Lunatic asylums Madras 1877-1891 - 1877-1891
Year: 1877
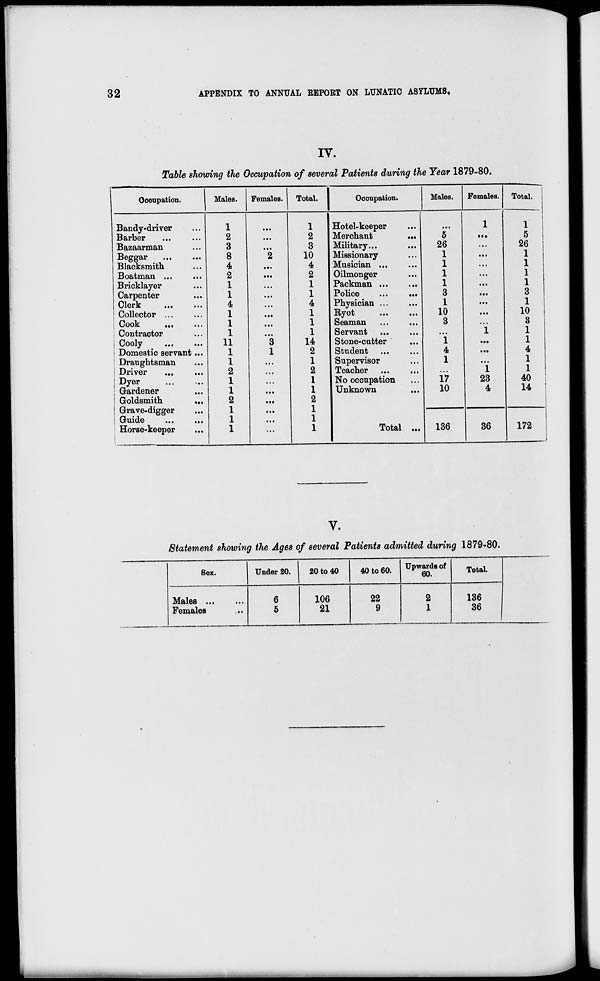
32
APPENDIX TO ANNUAL REPORT ON LUNATIC ASYLUMS.
IV.
Table showing the Occupation of several Patients during the Year 1879-80.
Occupation.
Bandy-driver ...
Barber ... ...
Bazaarman ...
Beggar ... ...
Blacksmith ...
Boatman ... ...
Bricklayer ...
Carpenter ...
Clerk ... ...
Collector ... ...
Cook
...
...
Contractor ...
Cooly
...
...
Domestic servant ...
Draughtsman ...
Driver ... ...
Dyer
...
...
Gardener ...
Goldsmith
...
Grave-digger ...
Guide
...
...
Horse-keeper ...
Males.
1
2
3
8
4
2
1
1
4
1
1
1
11
1
1
2
1
1
2
1
1
1
Females.
...
...
...
2
...
...
...
...
...
...
...
...
3
1
...
...
...
...
...
...
...
...
Total.
1
2
3
10
4
2
1
1
4
1
1
1
14
2
1
2
1
1
2
1
1
1
Occupation.
Hotel-keeper ...
Merchant
...
Military ... ...
Missionary ...
Musician ... ...
Oilmonger ... ...
Packman ... ...
Police
...
...
Physician ... ...
Ryot
...
...
Seaman
...
...
Servant ... ...
Stone-cutter ...
Student
...
...
Supervisor ...
Teacher
...
...
No occupation ...
Unknown ...
Total ...
Males.
...
5
26
1
1
1
1
3
1
10
3
...
1
4
1
...
17
10
136
Females.
1
...
...
...
...
...
...
...
...
...
...
1
...
...
...
1
23
4
36
Total.
1
5
26
1
1
1
1
3
1
10
3
1
1
4
1
1
40
14
172
V.
Statement showing the Ages of several Patients admitted during 1879-80.
Sex.
Males ... ...
Females ...
Under 20.
6
5
20 to 40
106
21
40 to 60.
22
9
Upwards of
60.
2
1
Total.
136
36